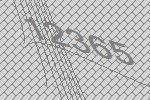
12365